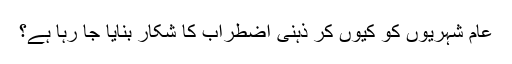
عام شہریوں کو کیوں کر ذہنی اضطراب کا شکار بنایا جا رہا ہے؟